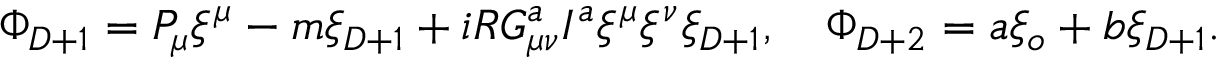
\Phi _ { D + 1 } = { \cal P } _ { \mu } \xi ^ { \mu } - m \xi _ { D + 1 } + i R G _ { \mu \nu } ^ { a } I ^ { a } \xi ^ { \mu } \xi ^ { \nu } \xi _ { D + 1 } , \quad \Phi _ { D + 2 } = a \xi _ { o } + b \xi _ { D + 1 } .